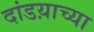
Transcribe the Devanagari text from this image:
दांडय़ाच्या